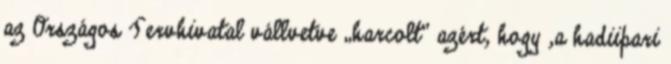
az Országos Tervhivatal vállvetve „harcolt” azért, hogy ,a hadiipari